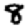
Digit: 8